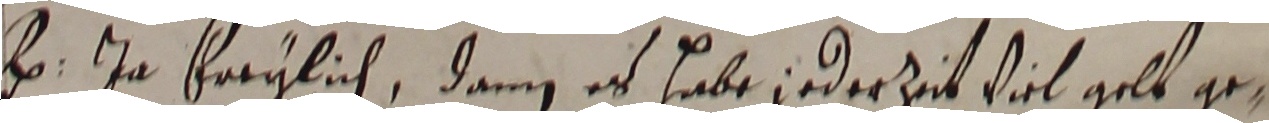
h ja freylich, dann es habe jederzit viel gelt ge-